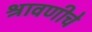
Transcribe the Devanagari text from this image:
श्रावणीचे